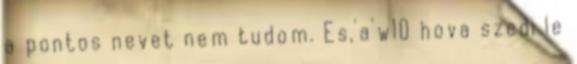
a pontos nevet nem tudom. Es,'a'w10 hova szedi le